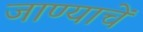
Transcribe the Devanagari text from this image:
जाण्याचें